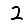
Digit: 2